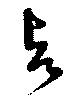
與